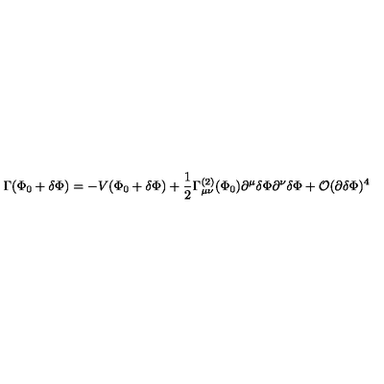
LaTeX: \Gamma ( \Phi _ { 0 } + \delta \Phi ) = - V ( \Phi _ { 0 } + \delta \Phi ) + \frac { 1 } { 2 } \Gamma _ { \mu \nu } ^ { ( 2 ) } ( \Phi _ { 0 } ) \partial ^ { \mu } \delta \Phi \partial ^ { \nu } \delta \Phi + { \cal O } ( \partial \delta \Phi ) ^ { 4 }